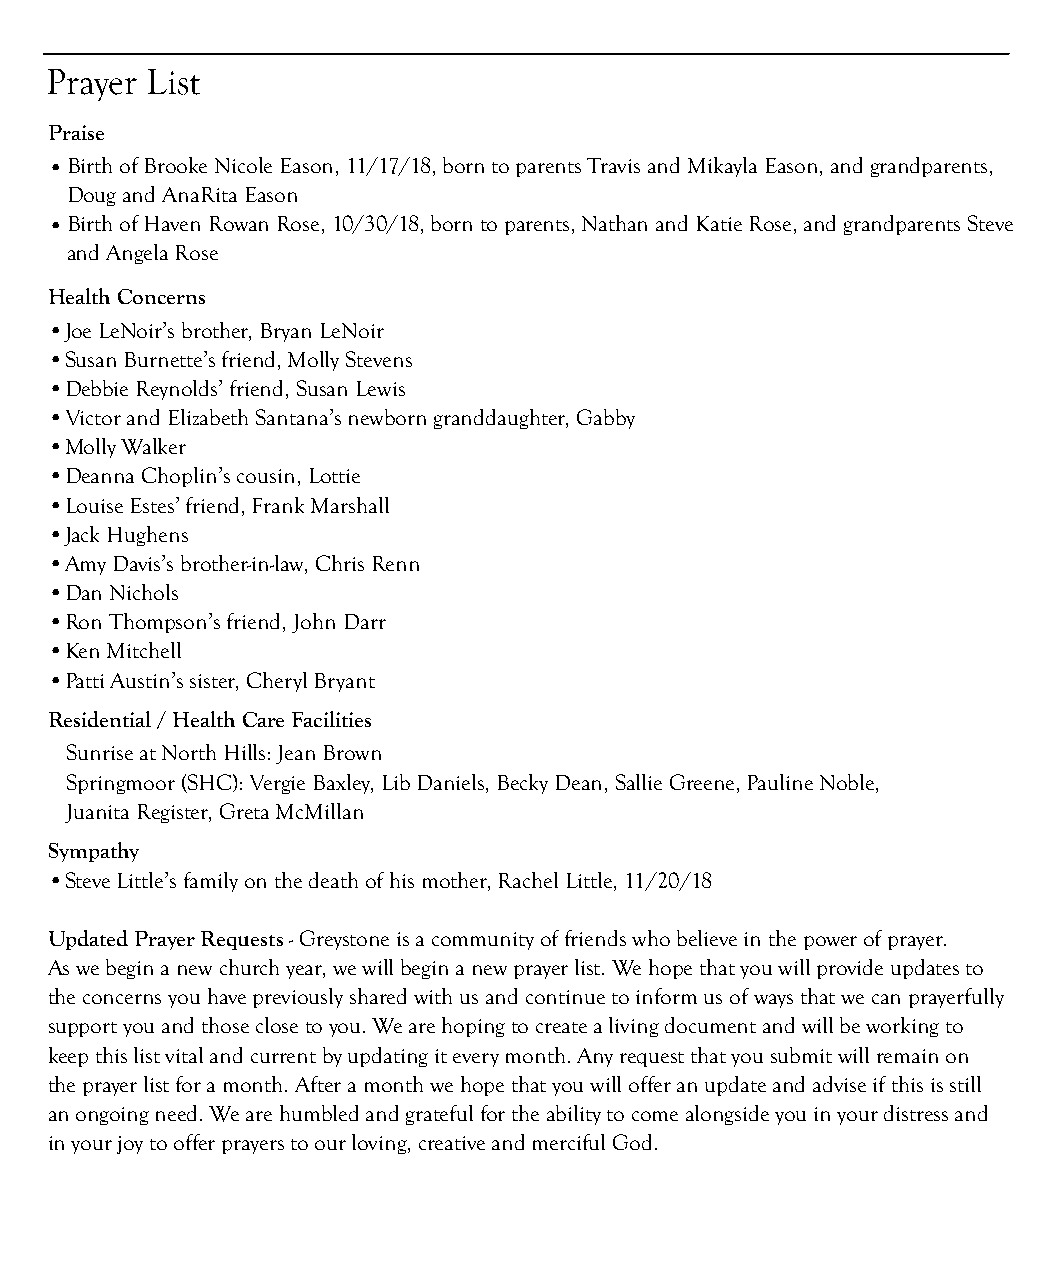
T    W               G
 HE    ORSHIP   OF    OD
 Prayer List
 Sunday, November 25                              8:45 and 11:00 am
 Praise
 At the opening of this hour of worship,
 •Birth of Brooke Nicole Eason, 11/17/18, born to parents Travis and Mikayla Eason, and grandparents,
 take a moment to prepare your hearts.
 Doug and AnaRita Eason
 Be sure to sign the Friendship Pad located in
 •Birth of Haven Rowan Rose, 10/30/18, born to parents, Nathan and Katie Rose, and grandparents Steve
 your pews and pass it down the row.
 and Angela Rose
 Health Concerns
 •Joe LeNoir’s brother, Bryan LeNoir
 •Susan Burnette’s friend, Molly Stevens
 •Debbie Reynolds’ friend, Susan Lewis
 •Victor and Elizabeth Santana’s newborn granddaughter, Gabby          Prelude              “How Can I Keep from Singing”     arr. Bankson
 •Molly Walker                                                                        James Tatum, Trombone and Adam White, Trumpet
 •Deanna Choplin’s cousin, Lottie                                                              with Pam Weis, Organ
 •Louise Estes’ friend, Frank Marshall
 •Jack Hughens                                                         Welcome                                              Amanda Atkin
 •Amy Davis’s brother-in-law, Chris Renn
 •Dan Nichols                                                          Opening Sentences         2 Samuel 23:2-5               Mike Eller
 •Ron Thompson’s friend, John Darr
 •Ken Mitchell                                                         ! Hymn 370             Rejoice, the Lord is King         DARWALL
 •Patti Austin’s sister, Cheryl Bryant
 All Stanzas
 Residential / Health Care Facilities
 Children come forward during the last stanza
 Sunrise at North Hills: Jean Brown
 Springmoor (SHC): Vergie Baxley, Lib Daniels, Becky Dean, Sallie Greene, Pauline Noble,
 Juanita Register, Greta McMillan                                     Children’s Message                                     April Alston
 Sympathy
 Worship Reflection   “O God, Beyond All Praising”          Holst
 •Steve Little’s family on the death of his mother, Rachel Little, 11/20/18
 Adam White, Trumpet and Pam Weis, Organ
 Updated Prayer Requests - Greystone is a community of friends who believe in the power of prayer.
 As we begin a new church year, we will begin a new prayer list. We hope that you will provide updates to Scripture Reading Revelation 1:4b-8 Allan Smith
 the concerns you have previously shared with us and continue to inform us of ways that we can prayerfully
 support you and those close to you. We are hoping to create a living document and will be working to Pastoral Prayer
 keep this list vital and current by updating it every month. Any request that you submit will remain on
 the prayer list for a month. After a month we hope that you will offer an update and advise if this is still
 an ongoing need. We are humbled and grateful for the ability to come alongside you in your distress and
 in your joy to offer prayers to our loving, creative and merciful God. *              **
 8:45 worship service / 11:00 worship service
 ! All who are able, are invited to stand
 Hearing devices and large-print hymnals are available at the back of the sanctuary.